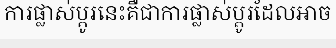
ការផ្លាស់ប្តូរនេះគឺជាការផ្លាស់ប្តូរដែលអាច